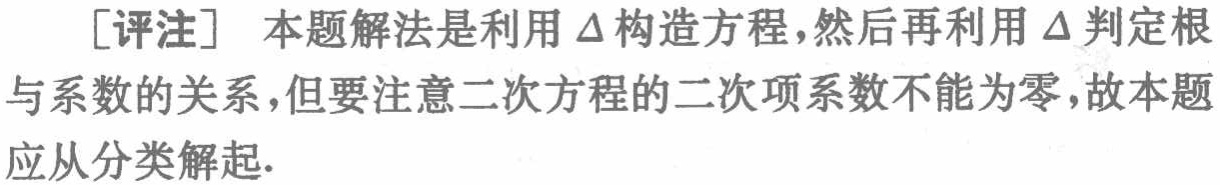
[评注] 本题解法是利用 \(\Delta\) 构造方程，然后再利用 \(\Delta\) 判定根与系数的关系，但要注意二次方程的二次项系数不能为零，故本题应从分类解起.